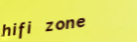
hifi zone